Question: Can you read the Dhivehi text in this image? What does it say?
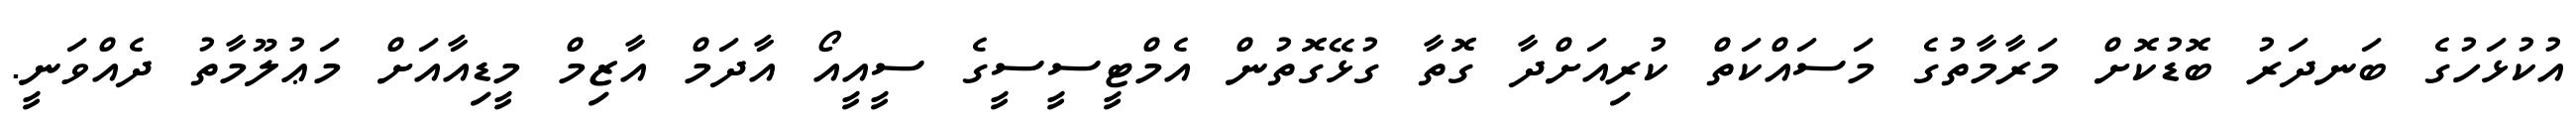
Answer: އުކުޅަހުގެ ބަނދަރު ބޮޑުކޮށް މަރާމާތުގެ މަސައްކަތް ކުރިއަށްދާ ގޮތާ ގުޅޭގޮތުން އެމްޓީސީސީގެ ސީއީއޯ އާދަމް އާޒިމް މީޑިއާއަށް މަޢުލޫމާތު ދެއްވަނީ.